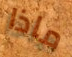
ماذا